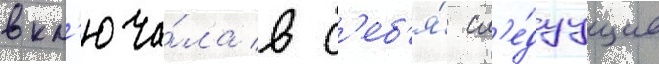
вкл'юча́ла в с'еб'я́ сл'е́дуущие